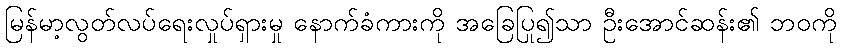
မြန်မာ့လွတ်လပ်ရေးလှုပ်ရှားမှု နောက်ခံကားကို အခြေပြု၍သာ ဦးအောင်ဆန်း၏ ဘဝကို